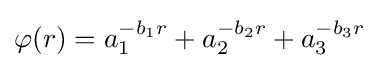
\varphi (r)=a_{1}^{-b_{1}r}+a_{2}^{-b_{2}r}+a_{3}^{-b_{3}r}